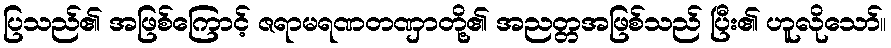
ပြသည်၏ အဖြစ်ကြောင့် ဇရာမရဏတဏှာတို့၏ အညတ္တအဖြစ်သည် ပြီး၏ ဟူလိုသော်။